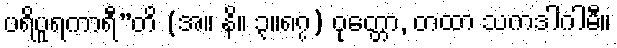
ပရိပူရကာရီ”တိ (အ။ နိ။ ၃။၈၇) ဝုတ္တော, တထာ သကဒါဂါမီ။